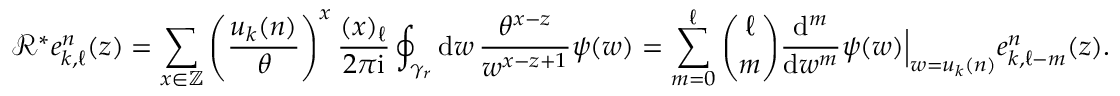
\mathcal { R } ^ { * } e _ { k , \ell } ^ { n } ( z ) = \sum _ { x \in \mathbb { Z } } \left( \frac { u _ { k } ( n ) } { \theta } \right) ^ { x } \frac { ( x ) _ { \ell } } { 2 \pi \mathrm { i } } \oint _ { \gamma _ { r } } \mathrm { d } w \, \frac { \theta ^ { x - z } } { w ^ { x - z + 1 } } \psi ( w ) = \sum _ { m = 0 } ^ { \ell } { \binom { \ell } { m } } \frac { \mathrm { d } ^ { m } } { \mathrm { d } w ^ { m } } \psi ( w ) \Big | _ { w = u _ { k } ( n ) } e _ { k , \ell - m } ^ { n } ( z ) .